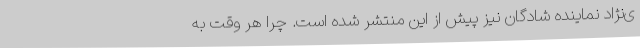
ی‌نژاد نماینده شادگان نیز پیش از این منتشر شده است. چرا هر وقت به